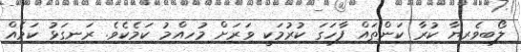
ލޯބިވެރިޔާ ކުރާ ކަންތައް ފާހަގަ ކުރުމަކީ ވަރަށް މުހިއްމު ކަމެކެވެ. ރަނގަޅު ކަމެއް